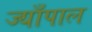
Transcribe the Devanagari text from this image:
ज्याँपाल